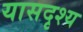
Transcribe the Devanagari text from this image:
यासदृश्य